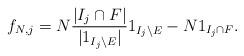
LaTeX: \begin{align*} f_{N,j} = N\frac{|I_j \cap F|}{|1_{I_j \setminus E}|}1_{I_j \setminus E} - N 1_{I_j \cap F}.\end{align*}